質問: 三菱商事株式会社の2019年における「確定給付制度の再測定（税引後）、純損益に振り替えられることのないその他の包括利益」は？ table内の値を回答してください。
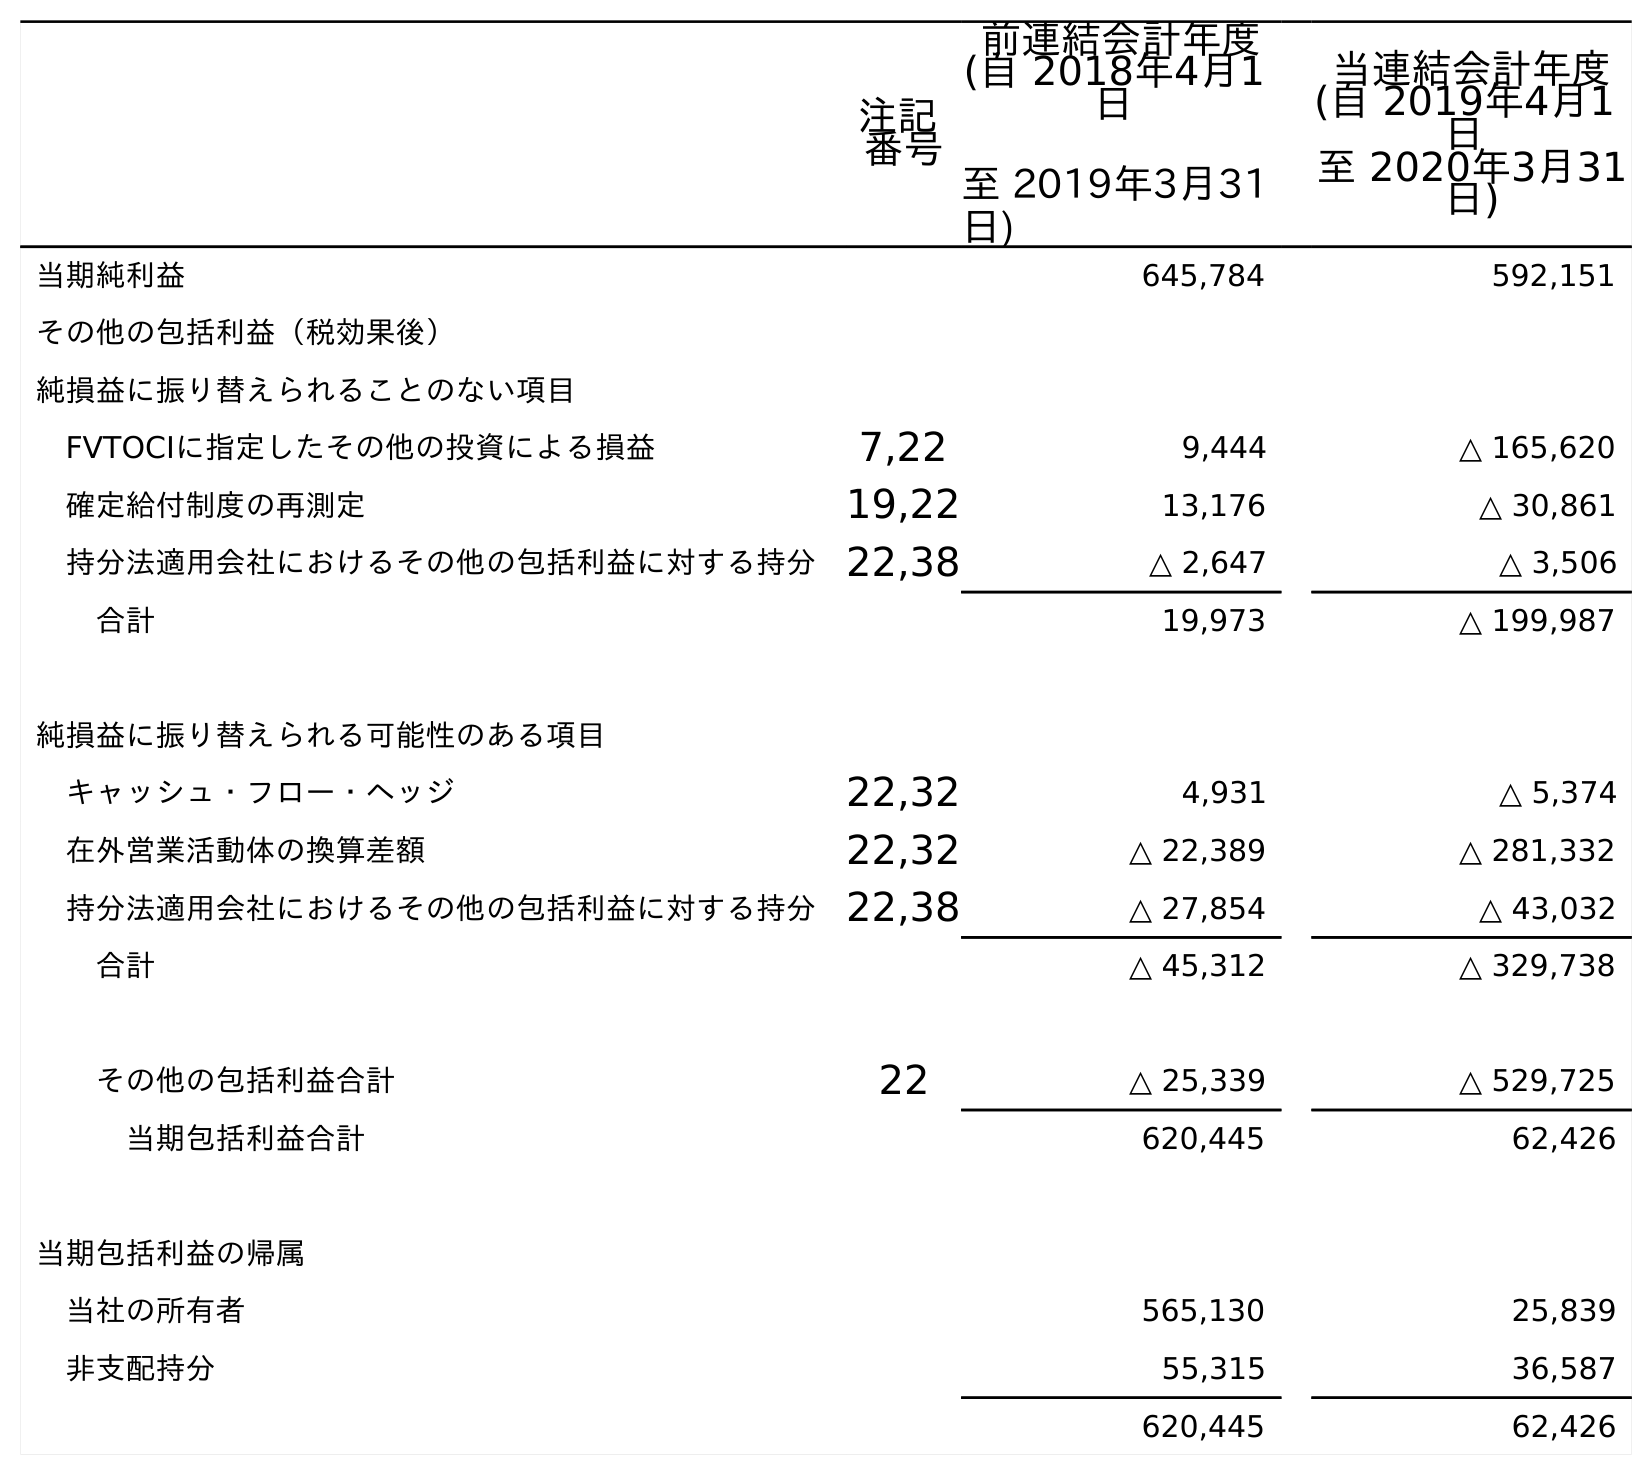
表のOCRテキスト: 注記 番号 前連結会計年度 (自 2018年4月1 日 至 2019年3月31 日) 当連結会計年度 (自 2019年4月1 日 至 2020年3月31 日) 当期純利益 645,784 592,151 その他の包括利益（税効果後） 純損益に振り替えられることのない項目 FVTOCIに指定したその他の投資による損益 7,22 9,444 △ 165,620 確定給付制度の再測定 19,22 13,176 △ 30,861 持分法適用会社におけるその他の包括利益に対する持分22,38 △ 2,647 △ 3,506 合計 19,973 △ 199,987 純損益に振り替えられる可能性のある項目 キャッシュ・フロー・ヘッジ 22,32 4,931 △ 5,374 在外営業活動体の換算差額 22,32 △ 22,389 △ 281,332 持分法適用会社におけるその他の包括利益に対する持分22,38 △ 27,854 △ 43,032 合計 △ 45,312 △ 329,738 その他の包括利益合計 22 △ 25,339 △ 529,725 当期包括利益合計 620,445 62,426 当期包括利益の帰属 当社の所有者 565,130 25,839 非支配持分 55,315 36,587 620,445 62,426
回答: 13,176